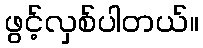
ဖွင့်လှစ်ပါတယ်။